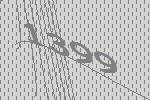
1399